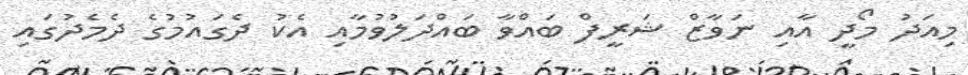
މިއަދު މޯދީ އާއި ނަވާޒް ޝަރީފް ބައްވާ ބައްދަލުވުމާއި އެކު ދެގައުމުގެ ދެމެދުގައި